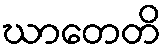
ဃာတေတိ